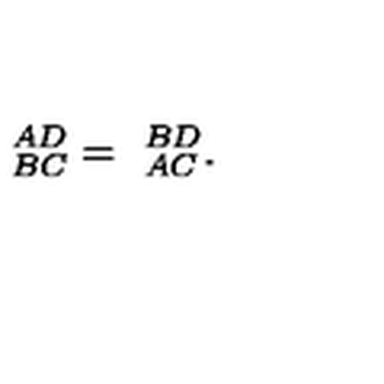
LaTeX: \ _ { B C } ^ { A D } = \ _ { A C } ^ { B D } .